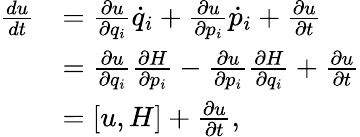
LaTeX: {\begin{array}{rl}{{\frac{du}{dt}}}&{={\frac{\partial u}{\partial q_{i}}}{\dot{q}}_{i}+{\frac{\partial u}{\partial p_{i}}}{\dot{p}}_{i}+{\frac{\partial u}{\partial t}}}\\ &{={\frac{\partial u}{\partial q_{i}}}{\frac{\partial H}{\partial p_{i}}}-{\frac{\partial u}{\partial p_{i}}}{\frac{\partial H}{\partial q_{i}}}+{\frac{\partial u}{\partial t}}}\\ &{=[u,H]+{\frac{\partial u}{\partial t}},}\end{array}}